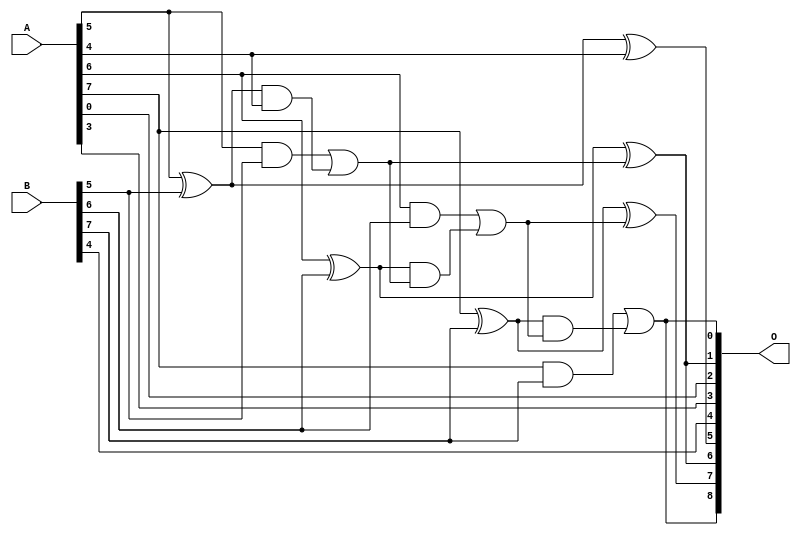
/***
* This code is a part of EvoApproxLib library (ehw.fit.vutbr.cz/approxlib) distributed under The MIT License.
* When used, please cite the following article(s): PRABAKARAN B. S., MRAZEK V., VASICEK Z., SEKANINA L., SHAFIQUE M. ApproxFPGAs: Embracing ASIC-based Approximate Arithmetic Components for FPGA-Based Systems. DAC 2020. 
***/
// MAE% = 1.62 %
// MAE = 8.3 
// WCE% = 4.30 %
// WCE = 22 
// WCRE% = 300.00 %
// EP% = 96.92 %
// MRE% = 4.49 %
// MSE = 95 
// FPGA_POWER = 0.3
// FPGA_DELAY = 6.7
// FPGA_LUT = 3.0


module add8u_01U(A, B, O);
  input [7:0] A, B;
  output [8:0] O;
  wire sig_38, sig_39, sig_40, sig_42, sig_43, sig_44;
  wire sig_45, sig_47, sig_48, sig_49, sig_50;
  assign sig_38 = A[5] ^ B[5];
  assign sig_39 = A[5] & B[5];
  assign sig_40 = sig_38 & A[4];
  assign O[5] = sig_38 ^ A[4];
  assign sig_42 = sig_39 | sig_40;
  assign sig_43 = A[6] ^ B[6];
  assign sig_44 = A[6] & B[6];
  assign sig_45 = sig_43 & sig_42;
  assign O[1] = sig_43 ^ sig_42;
  assign sig_47 = sig_44 | sig_45;
  assign sig_48 = A[7] ^ B[7];
  assign sig_49 = A[7] & B[7];
  assign sig_50 = sig_48 & sig_47;
  assign O[7] = sig_48 ^ sig_47;
  assign O[0] = sig_49 | sig_50;
  assign O[2] = A[0];
  assign O[3] = A[3];
  assign O[4] = B[4];
  assign O[6] = O[1];
  assign O[8] = O[0];
endmodule